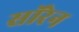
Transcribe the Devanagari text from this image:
सॉरेन